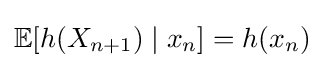
\mathbb {E} [h(X_{n+1})\mid x_{n}]=h(x_{n})